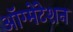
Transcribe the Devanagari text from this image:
ऑग्मेंटेशन